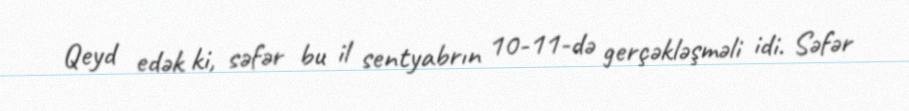
Qeyd edək ki, səfər bu il sentyabrın 10-11-də gerçəkləşməli idi. Səfər